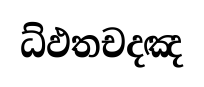
ධ්ඵතචදඤ